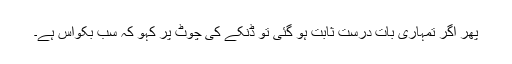
پھر اگر تمہاری بات درست ثابت ہو گئی تو ڈنکے کی چوٹ پر کہو کہ سب بکواس ہے۔